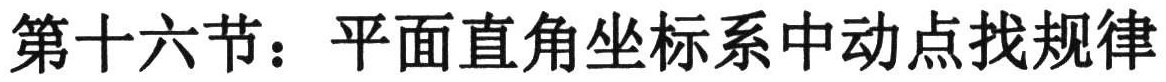
第十六节：平面直角坐标系中动点找规律